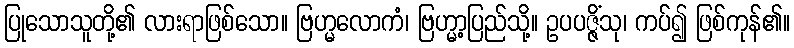
ပြုသောသူတို့၏ လားရာဖြစ်သော။ ဗြဟ္မလောကံ၊ ဗြဟ္မာ့ပြည်သို့။ ဥပပဇ္ဇိံသု၊ ကပ်၍ ဖြစ်ကုန်၏။